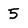
Character: 5